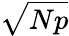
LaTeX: \sqrt{Np}